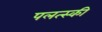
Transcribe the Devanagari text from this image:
पलत्स्की